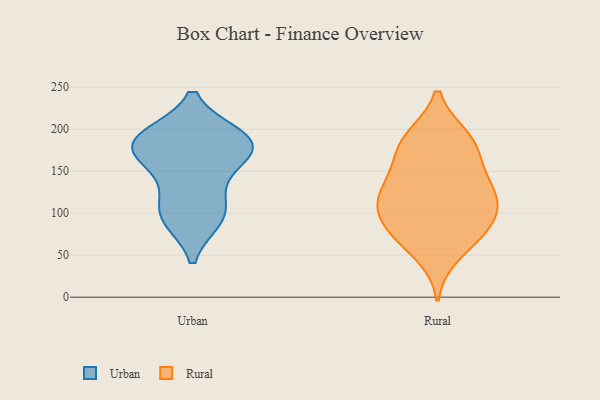
{"axis": {"x": "Churn Rate (%)", "y": "Value"}, "legend": ["Rural", "Urban"], "data": [{"x": "", "y": 188, "type": "Urban"}, {"x": "", "y": 94, "type": "Urban"}, {"x": "", "y": 142, "type": "Urban"}, {"x": "", "y": 191, "type": "Urban"}, {"x": "", "y": 186, "type": "Urban"}, {"x": "", "y": 97, "type": "Urban"}, {"x": "", "y": 168, "type": "Urban"}, {"x": "", "y": 105, "type": "Urban"}, {"x": "", "y": 181, "type": "Urban"}, {"x": "", "y": 177, "type": "Urban"}, {"x": "", "y": 132, "type": "Rural"}, {"x": "", "y": 113, "type": "Rural"}, {"x": "", "y": 76, "type": "Rural"}, {"x": "", "y": 190, "type": "Rural"}, {"x": "", "y": 112, "type": "Rural"}, {"x": "", "y": 184, "type": "Rural"}, {"x": "", "y": 116, "type": "Rural"}, {"x": "", "y": 190, "type": "Rural"}, {"x": "", "y": 95, "type": "Rural"}, {"x": "", "y": 51, "type": "Rural"}, {"x": "", "y": 76, "type": "Rural"}, {"x": "", "y": 152, "type": "Rural"}, {"x": "", "y": 165, "type": "Rural"}, {"x": "", "y": 127, "type": "Rural"}, {"x": "", "y": 82, "type": "Rural"}]}